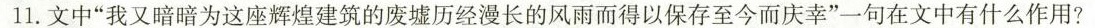
11.文中”我又暗暗为这座辉煌建筑的废墟历经漫长的风雨而得以保存至今而庆幸”一句在文中有什么作用?